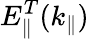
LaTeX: E_{\parallel}^{T}(k_{\parallel})